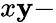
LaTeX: x\mathbf{y}-